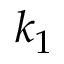
k _ { 1 }